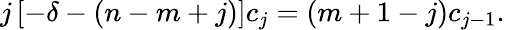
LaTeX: j\left[-\delta-(n-m+j)\right]c_{j}=(m+1-j)c_{j-1}.